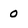
Character: 0